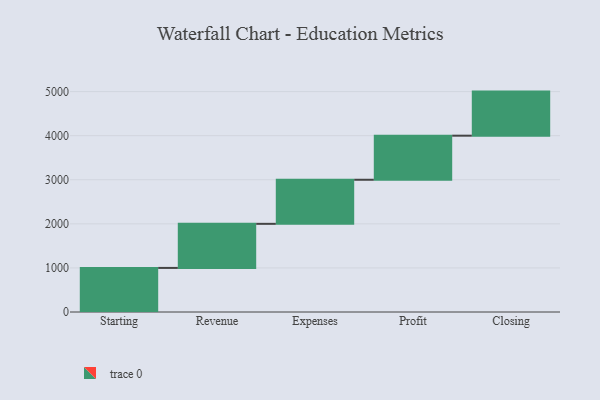
{"axis": {"x": "Step", "y": "Value"}, "legend": [""], "data": [{"x": "Starting", "y": 1000, "type": ""}, {"x": "Revenue", "y": 1000, "type": ""}, {"x": "Expenses", "y": 1000, "type": ""}, {"x": "Profit", "y": 1000, "type": ""}, {"x": "Closing", "y": 1000, "type": ""}]}